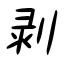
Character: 剥